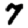
Digit: 7